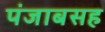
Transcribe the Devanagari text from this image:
पंजाबसह